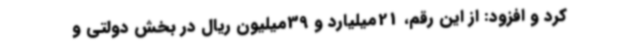
کرد و افزود: از این رقم، 21میلیارد و 39میلیون ریال در بخش دولتی و